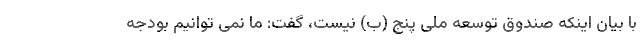
با بیان اینکه صندوق توسعه ملی پنج (ب) نیست، گفت: ما نمی توانیم بودجه